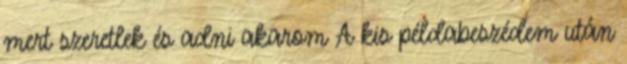
mert szeretlek és adni akarom A kis példabeszédem után